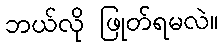
ဘယ်လို ဖြုတ်ရမလဲ။